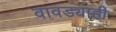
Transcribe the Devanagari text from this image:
वावड्याही